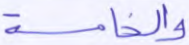
والخامسة